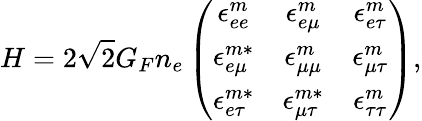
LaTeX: H=2\sqrt{2}G_{F}n_{e}\left(\begin{array}{ccc}{{\epsilon_{ee}^{m}}}&{{\epsilon_{e\mu}^{m}}}&{{\epsilon_{e\tau}^{m}}}\\ {{\epsilon_{e\mu}^{m*}}}&{{\epsilon_{\mu\mu}^{m}}}&{{\epsilon_{\mu\tau}^{m}}}\\ {{\epsilon_{e\tau}^{m*}}}&{{\epsilon_{\mu\tau}^{m*}}}&{{\epsilon_{\tau\tau}^{m}}}\end{array}\right),